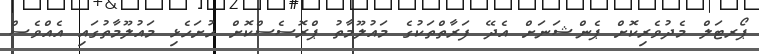
ޕޯރޓަލް މެދުވެރިކޮށް ޕެންޝަނަށް އެދޭ ފަރާތްތަކުގެ މައުލޫމާތު ޕްރޮސެސްކޮށް ހުށަހެޅި މައުލޫމާތުގައި އެއްވެސް